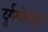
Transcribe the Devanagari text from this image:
दुर्गमतेबद्दल